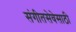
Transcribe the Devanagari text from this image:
संगीतसेवेसाठी